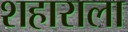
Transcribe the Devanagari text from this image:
शहाराला